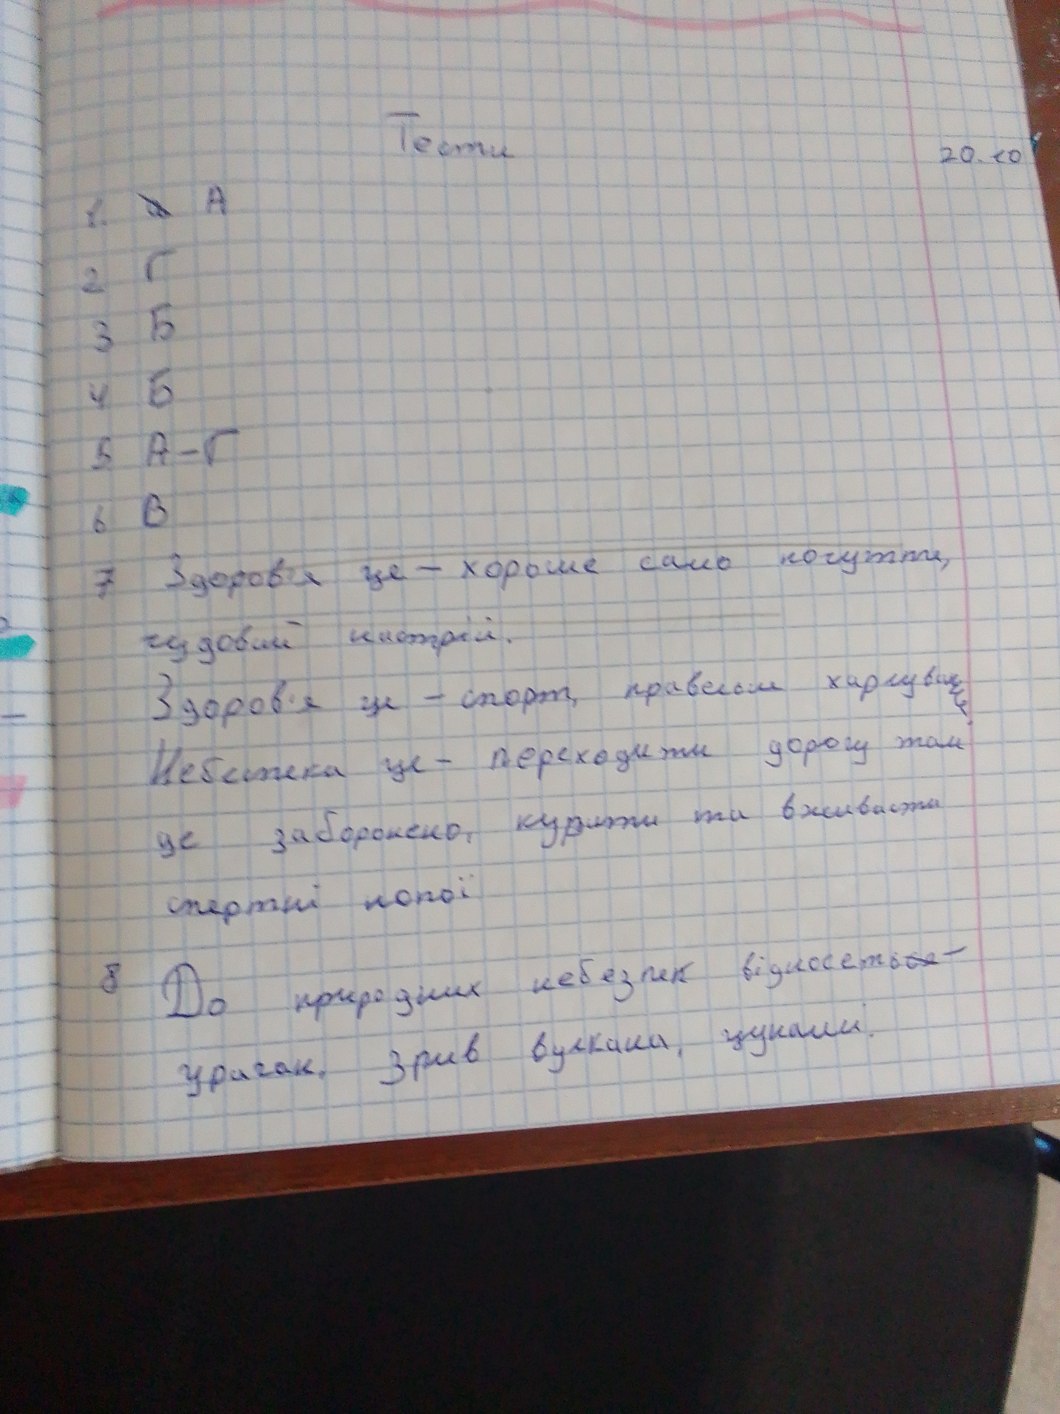
Тести
20.10
1. ~~а~~ A
2 Г
3 Б
4 Б
5 А - Г
6 В
7 ~~Здоров'я це - хороше само почуття,~~
~~чудовий настрій.~~
Здоров'я це - спорт, правильне харчування.
Небезпека це - переходити дорогу там
де заборонено курити та вживати
спертні напої
8 До природних небезпек відносять~~ся~~-
ураган, зрив вулкана, цунамі.